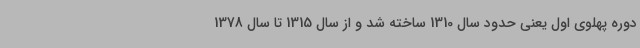
دوره پهلوی اول یعنی حدود سال 1310 ساخته شد و از سال 1315 تا سال 1378